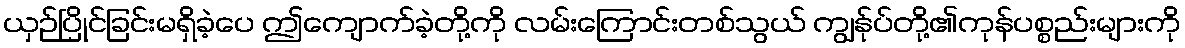
ယှဉ်ပြိုင်ခြင်းမရှိခဲ့ပေ ဤကျောက်ခဲ့တို့ကို လမ်းကြောင်းတစ်သွယ် ကျွန်ုပ်တို့၏ကုန်ပစ္စည်းများကို